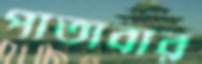
পাতাবার